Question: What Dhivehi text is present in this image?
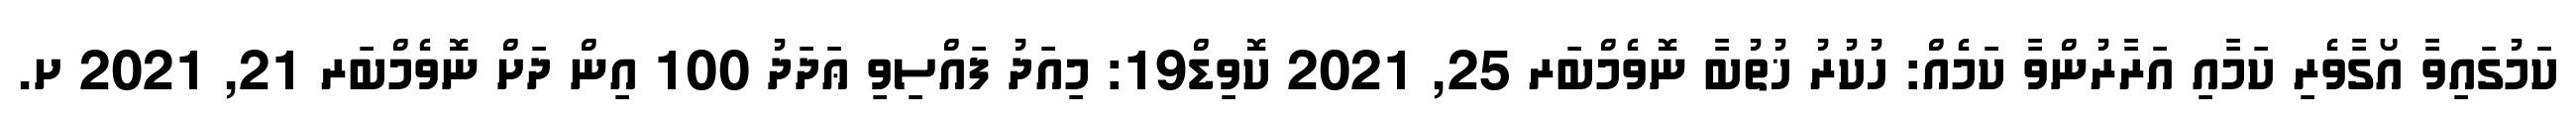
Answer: ކަމުގައިވާ އޯގާވެރި ކަމާއި އަރާރުންވާ ކަމެއް: ހުކުރު ޚުތުބާ ނޮވެމްބަރ 25, 2021 ކޮވިޑް19: މިއަދު ފައްސިވި ޢަދަދު 100 އިން ދަށް ނޮވެމްބަރ 21, 2021 ށ.